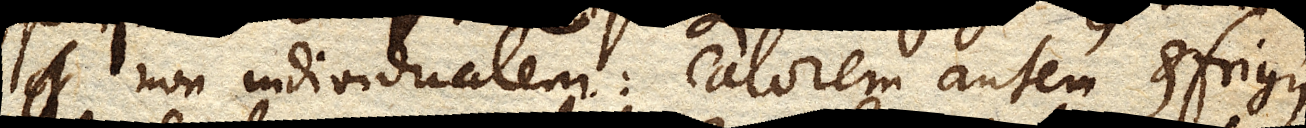
non individualem: calorem autem et frigus